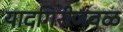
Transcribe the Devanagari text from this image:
यादगिरीजवळ